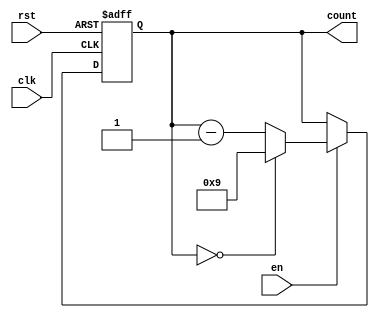
module BCD_Down_Counter (
  input wire clk,
  input wire rst,
  input wire en,
  output reg [3:0] count
);

always @(posedge clk or posedge rst) begin
  if (rst) begin
    count <= 4'b1001; // Initial starting value
  end
  else if (en) begin
    if (count == 4'b0000) begin
      count <= 4'b1001; // Reset to starting value when reaching zero
    end
    else begin
      count <= count - 1; // Decrement count
    end
  end
end

endmodule